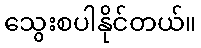
သွေးစပါနိုင်တယ်။